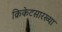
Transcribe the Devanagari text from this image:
क्रिकेटसारख्या